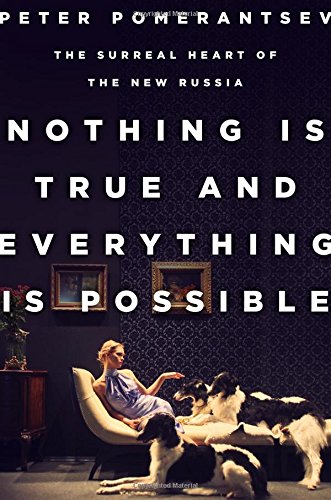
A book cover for Nothing Is True and Everything Is Possible: The Surreal Heart of the New Russia; Peter Pomerantsev; Humor & Entertainment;